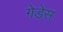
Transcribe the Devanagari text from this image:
गेडेस